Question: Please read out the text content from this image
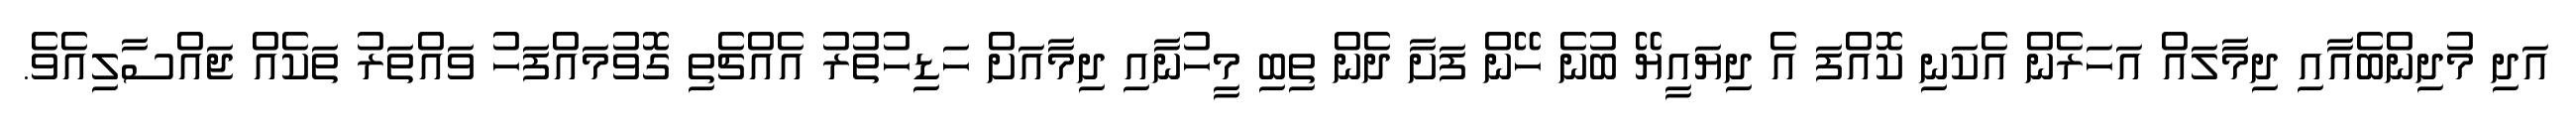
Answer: އަދި މުދިންބެއާއި ދިމާލައް އަހަރެން އެކަނި ކޮއްފަ އެ ދިޔައީޔޭ ބުނެ ހޭން ފަށާ ދެން ތިބި މީހުނާއި ދިމާއަށް ހަޑިހުތުރު އެއްޗެތި ގޮވުމައްފަހު ވައްތަރު ތަކެއް ޖައްސާލިއެވެ.